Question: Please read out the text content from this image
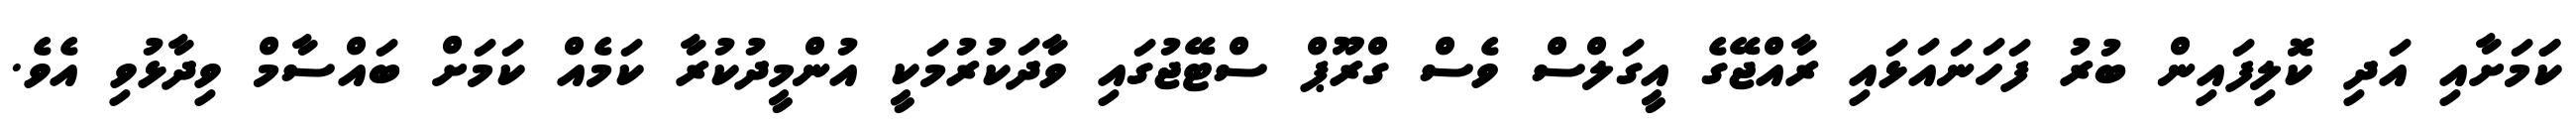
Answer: ކަަމަށާއި އަދި ކޮލިފައިން ބުރު ފަހަނައަޅައި ރާއްޖޭގެ އީގަލްސް ވެސް ގްރޫޕް ސްޓޭޖުގައި ވާދަކުރުމަކީ އުންމީދުކުރާ ކަމެއް ކަމަށް ބައްސާމް ވިދާޅުވި އެވެ.